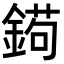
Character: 𨩦